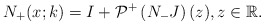
\begin{align*}N_+ (x;k)=I+ \mathcal{P}^+\left(N_- J \right)(z), z \in \mathbb{R}.\end{align*}